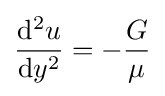
{\frac {\mathrm {d} ^{2}u}{\mathrm {d} y^{2}}}=-{\frac {G}{\mu }}